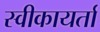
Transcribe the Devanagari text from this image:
स्वीकायर्ता